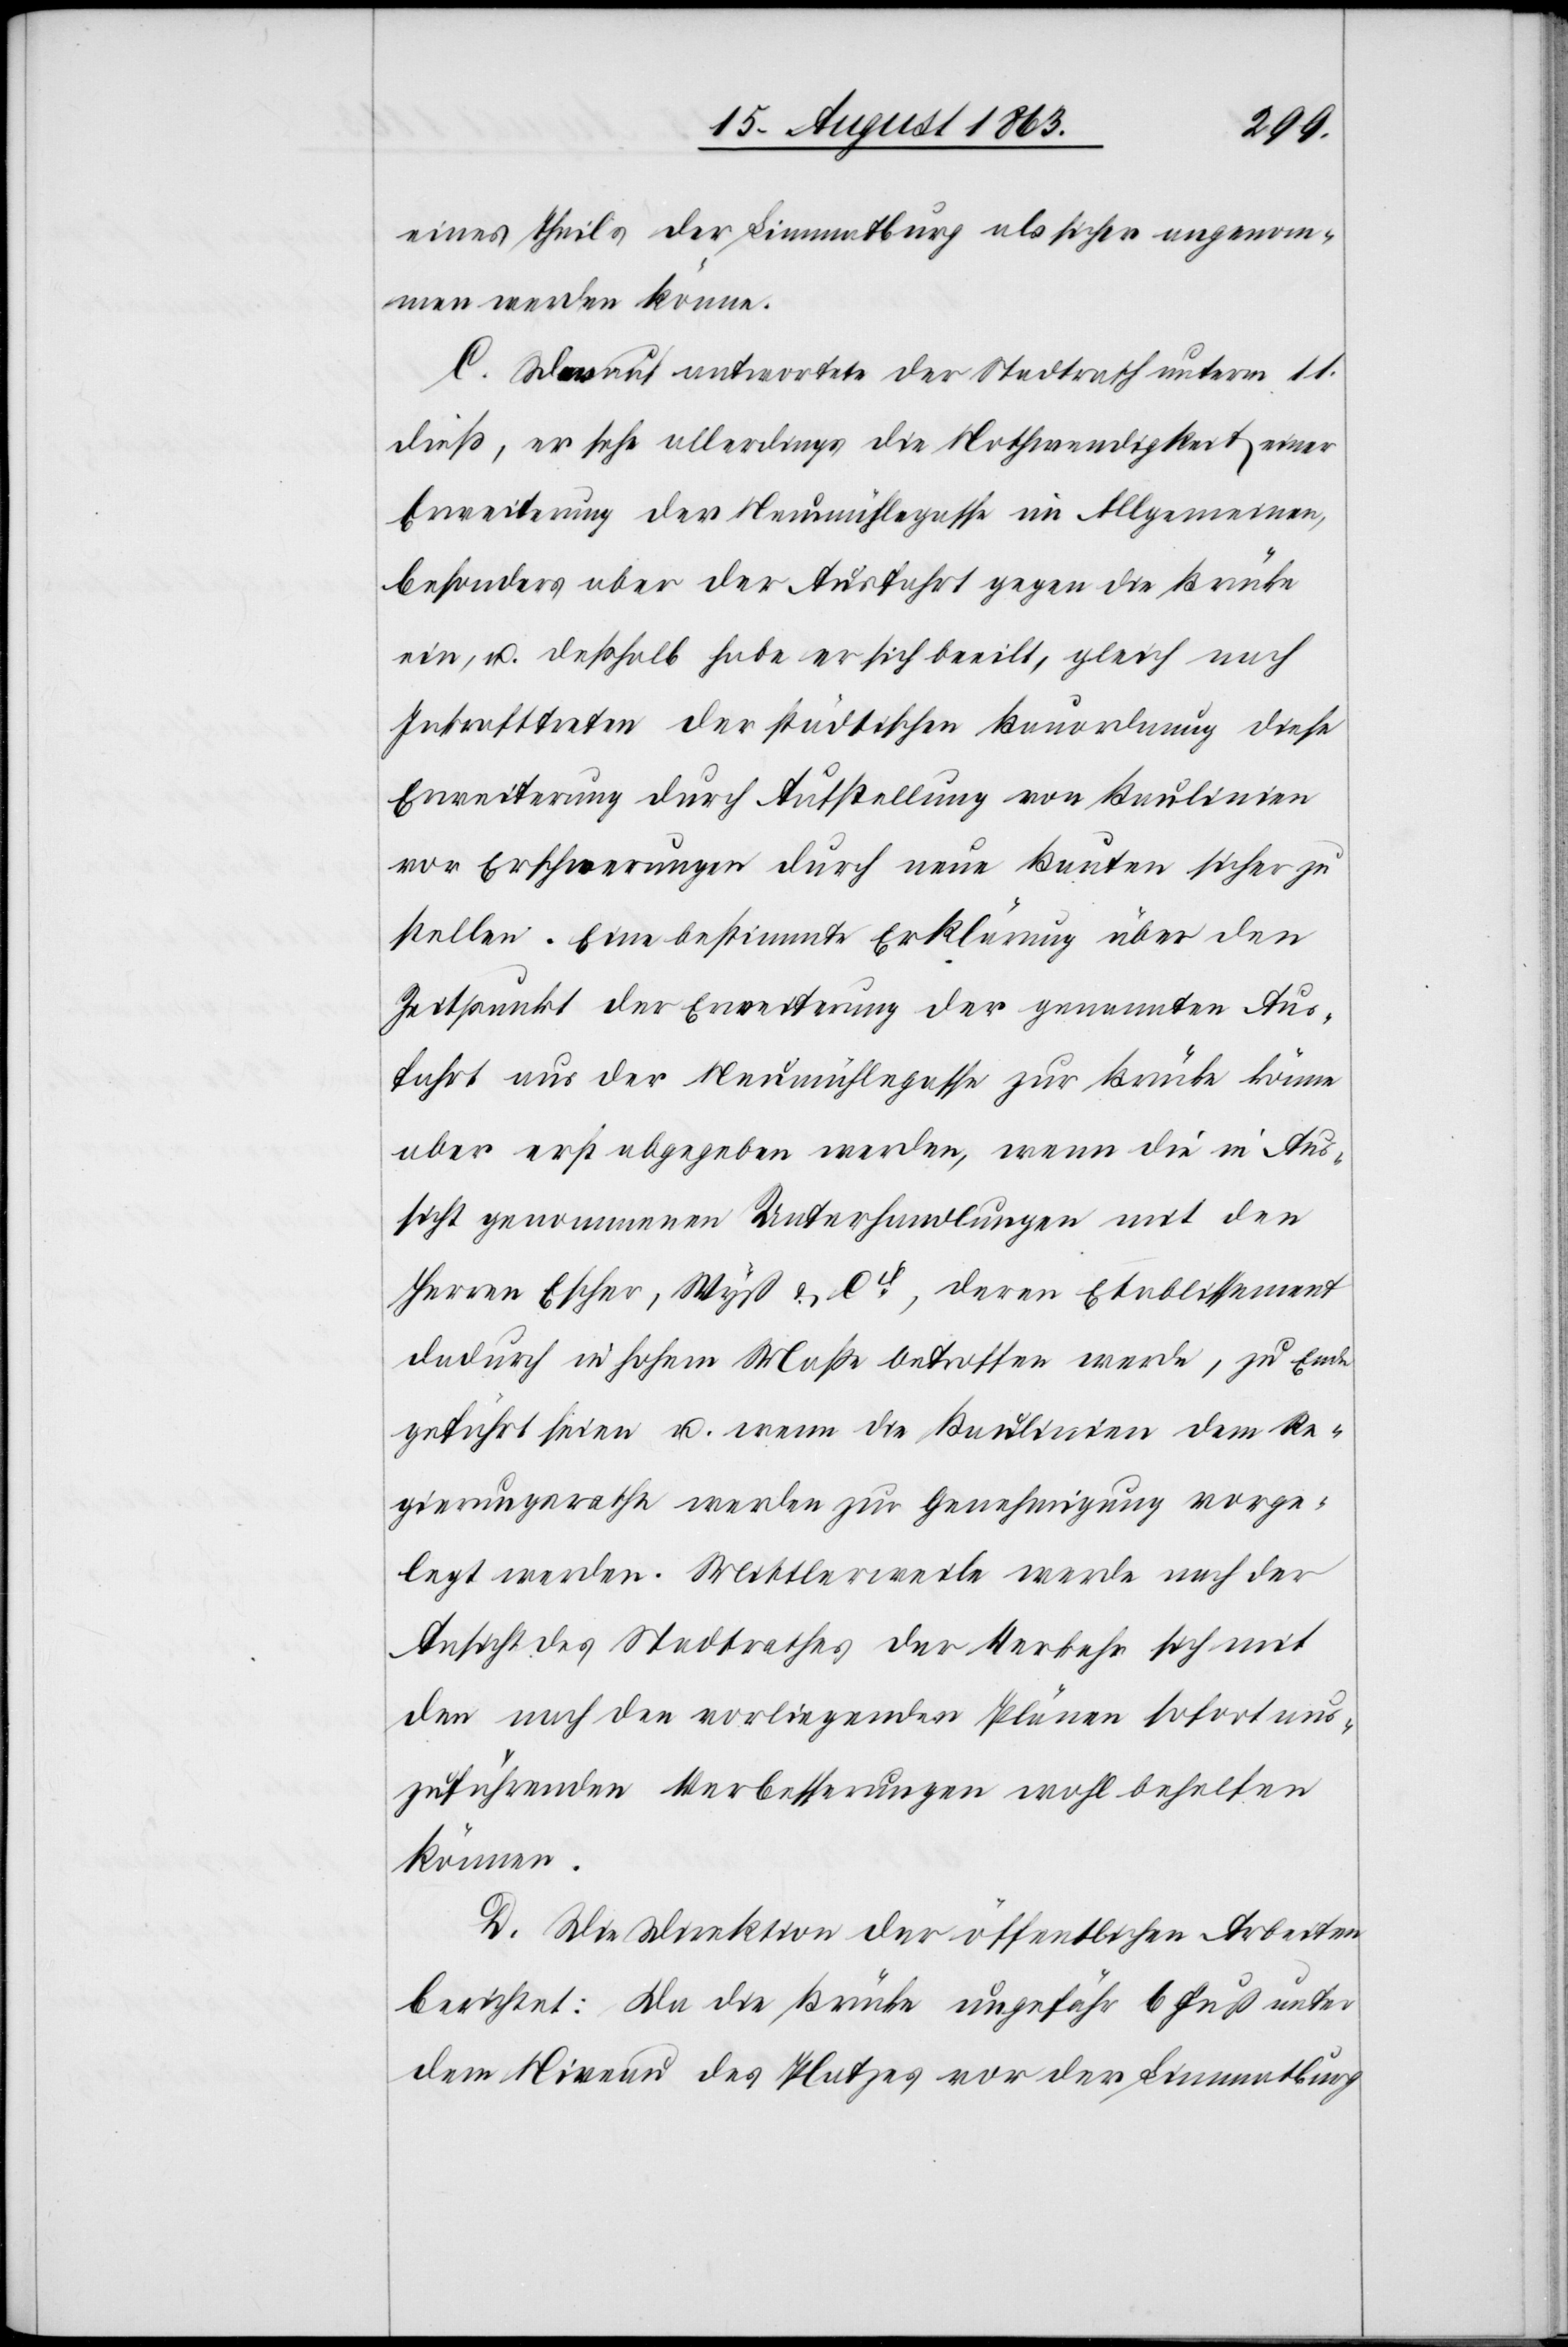
eines Theils der Limmatburg als sicher angenom¬
men werden könne.
C. Darauf antwortete der Stadtrath unterm 11.
dieß, er sehe allerdings die Nothwendigkeit einer
Erweiterung der Neumühlegasse im Allgemeinen,
besonders aber der Ausfahrt gegen die Brücke
ein, u. deßhalb habe er sich beeilt, gleich nach
Inkrafttreten der städtischen Bauordnung diese
Erweiterung durch Aufstellung von Baulinien
vor Erschwerungen durch neue Bauten sicher zu
stellen. Eine bestimmte Erklärung über den
Zeitpunkt der Erweiterung der genannten Aus¬
fahrt aus der Neumühlegasse zur Brücke könne
aber erst abgegeben werden, wenn die in Aus¬
sicht genommenen Unterhandlungen mit den
Herren Escher, Wyß & Cie, deren Etablissement
dadurch in hohem Maße betroffen werde, zu Ende
geführt seien u. wenn die Baulinien dem Re¬
gierungsrathe werden zur Genehmigung vorge¬
legt werden. Mittlerweile werde nach der
Ansicht des Stadtrathes der Verkehr sich mit
den nach den vorliegenden Plänen sofort aus¬
zuführenden Verbesserungen wohl behelfen
können.
D. Die Direktion der öffentlichen Arbeiten
berichtet: Da die Brücke ungefähr 6 Fuß unter
dem Niveau des Platzes vor der Limmatburg